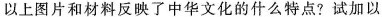
以上图片和材料反映了中华文化的什么特点?试加以